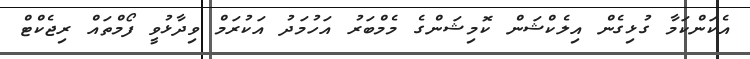
އެކަންކަމާ ގުޅިގެން އިލެކްޝަން ކޮމިޝަންގެ މެމްބަރު އަހުމަދު އަކުރަމް ވިދާޅުވީ ފޯމްތައް ރިޖެކްޓް